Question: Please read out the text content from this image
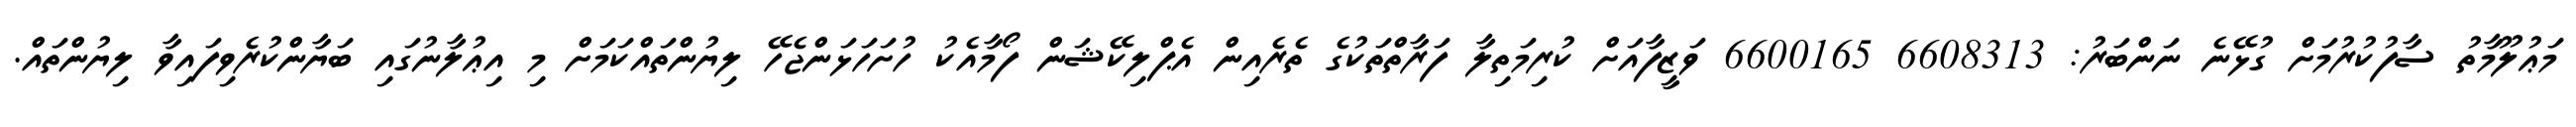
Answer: މަޢުލޫމާތު ސާފުކުރުމަށް ގުޅޭނެ ނަންބަރު: 6608313 6600165 ވަޒީފާއަށް ކުރިމަތިލާ ފަރާތްތަކުގެ ތެރެއިން އެޕްލިކޭޝަން ފޯމާއެކު ހުށަހަޅަންޖެހޭ ލިޔުންތައްކަމަށް މި އިޢުލާނުގައި ބަޔާންކުރެވިފައިވާ ލިޔުންތައް.